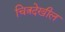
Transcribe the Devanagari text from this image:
चित्रदेखील